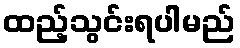
ထည့်သွင်းရပါမည်